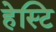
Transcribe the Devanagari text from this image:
हेस्टि